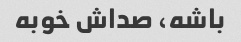
باشه، صداش خوبه